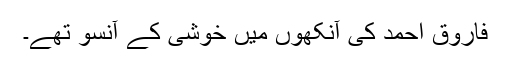
فاروق احمد کی آنکھوں میں خوشی کے آنسو تھے۔